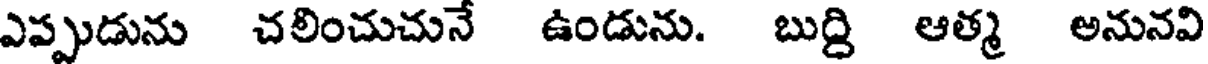
ఎప్పుడును చలించుచునే ఉండును. బుద్ది ఆత్మ అనునవి